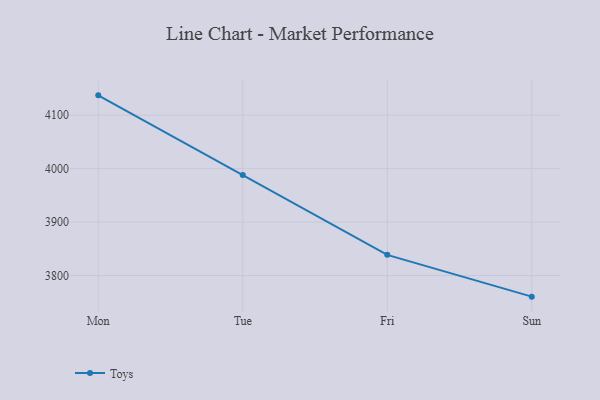
{"axis": {"x": "Day", "y": "Population (Million)"}, "legend": ["Toys"], "data": [{"x": "Mon", "y": 4137.0, "type": "Toys"}, {"x": "Tue", "y": 3988.1, "type": "Toys"}, {"x": "Fri", "y": 3838.7, "type": "Toys"}, {"x": "Sun", "y": 3760.5, "type": "Toys"}]}